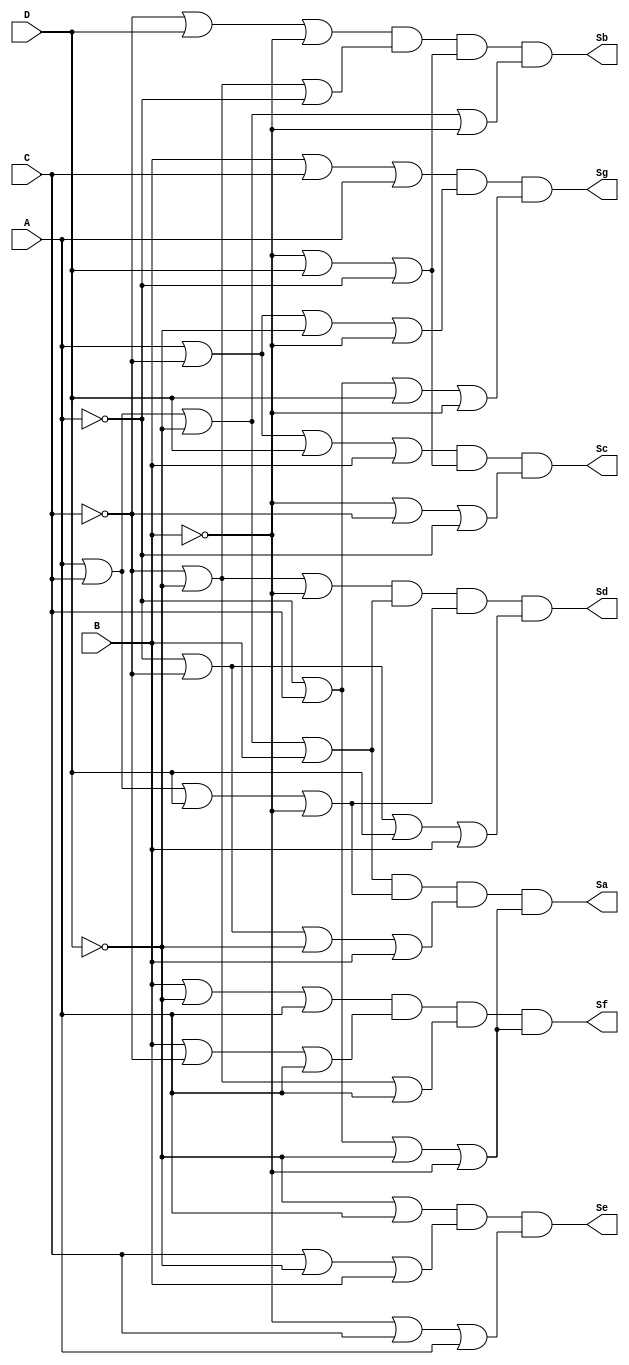
// Copyright (C) 2023  Intel Corporation. All rights reserved.
// Your use of Intel Corporation's design tools, logic functions 
// and other software and tools, and any partner logic 
// functions, and any output files from any of the foregoing 
// (including device programming or simulation files), and any 
// associated documentation or information are expressly subject 
// to the terms and conditions of the Intel Program License 
// Subscription Agreement, the Intel Quartus Prime License Agreement,
// the Intel FPGA IP License Agreement, or other applicable license
// agreement, including, without limitation, that your use is for
// the sole purpose of programming logic devices manufactured by
// Intel and sold by Intel or its authorized distributors.  Please
// refer to the applicable agreement for further details, at
// https://fpgasoftware.intel.com/eula.

// PROGRAM		"Quartus Prime"
// VERSION		"Version 22.1std.2 Build 922 07/20/2023 SC Lite Edition"
// CREATED		"Tue Oct  3 22:07:05 2023"

module lab1(
	A,
	B,
	C,
	D,
	Sb,
	Sc,
	Sd,
	Se,
	Sf,
	Sg,
	Sa
);


input wire	A;
input wire	B;
input wire	C;
input wire	D;
output wire	Sb;
output wire	Sc;
output wire	Sd;
output wire	Se;
output wire	Sf;
output wire	Sg;
output wire	Sa;

wire	SYNTHESIZED_WIRE_70;
wire	SYNTHESIZED_WIRE_71;
wire	SYNTHESIZED_WIRE_72;
wire	SYNTHESIZED_WIRE_73;
wire	SYNTHESIZED_WIRE_10;
wire	SYNTHESIZED_WIRE_11;
wire	SYNTHESIZED_WIRE_12;
wire	SYNTHESIZED_WIRE_13;
wire	SYNTHESIZED_WIRE_41;
wire	SYNTHESIZED_WIRE_42;
wire	SYNTHESIZED_WIRE_43;
wire	SYNTHESIZED_WIRE_44;
wire	SYNTHESIZED_WIRE_45;
wire	SYNTHESIZED_WIRE_46;
wire	SYNTHESIZED_WIRE_47;
wire	SYNTHESIZED_WIRE_48;
wire	SYNTHESIZED_WIRE_49;
wire	SYNTHESIZED_WIRE_50;
wire	SYNTHESIZED_WIRE_51;
wire	SYNTHESIZED_WIRE_52;
wire	SYNTHESIZED_WIRE_53;
wire	SYNTHESIZED_WIRE_54;
wire	SYNTHESIZED_WIRE_55;
wire	SYNTHESIZED_WIRE_56;
wire	SYNTHESIZED_WIRE_57;
wire	SYNTHESIZED_WIRE_66;
wire	SYNTHESIZED_WIRE_67;
wire	SYNTHESIZED_WIRE_68;
wire	SYNTHESIZED_WIRE_69;




assign	SYNTHESIZED_WIRE_73 =  ~A;

assign	SYNTHESIZED_WIRE_71 =  ~B;

assign	SYNTHESIZED_WIRE_13 = A | C | SYNTHESIZED_WIRE_70 | SYNTHESIZED_WIRE_71;

assign	SYNTHESIZED_WIRE_47 = A | SYNTHESIZED_WIRE_72 | D | B;

assign	SYNTHESIZED_WIRE_10 = SYNTHESIZED_WIRE_72 | D | SYNTHESIZED_WIRE_71;

assign	SYNTHESIZED_WIRE_11 = SYNTHESIZED_WIRE_72 | SYNTHESIZED_WIRE_70 | SYNTHESIZED_WIRE_73;

assign	SYNTHESIZED_WIRE_12 = SYNTHESIZED_WIRE_71 | D | SYNTHESIZED_WIRE_73;

assign	Sb = SYNTHESIZED_WIRE_10 & SYNTHESIZED_WIRE_11 & SYNTHESIZED_WIRE_12 & SYNTHESIZED_WIRE_13;

assign	SYNTHESIZED_WIRE_48 = SYNTHESIZED_WIRE_71 | D | SYNTHESIZED_WIRE_73;

assign	SYNTHESIZED_WIRE_49 = SYNTHESIZED_WIRE_71 | SYNTHESIZED_WIRE_72 | SYNTHESIZED_WIRE_73;

assign	SYNTHESIZED_WIRE_72 =  ~C;

assign	SYNTHESIZED_WIRE_50 = SYNTHESIZED_WIRE_72 | SYNTHESIZED_WIRE_70 | SYNTHESIZED_WIRE_71;

assign	SYNTHESIZED_WIRE_51 = A | C | SYNTHESIZED_WIRE_70 | B;

assign	SYNTHESIZED_WIRE_52 = A | C | D | SYNTHESIZED_WIRE_71;

assign	SYNTHESIZED_WIRE_53 = SYNTHESIZED_WIRE_73 | SYNTHESIZED_WIRE_72 | D | B;

assign	SYNTHESIZED_WIRE_45 = C | SYNTHESIZED_WIRE_70 | B;

assign	SYNTHESIZED_WIRE_46 = SYNTHESIZED_WIRE_71 | C | A;

assign	SYNTHESIZED_WIRE_44 = SYNTHESIZED_WIRE_70 | A;

assign	SYNTHESIZED_WIRE_54 = B | SYNTHESIZED_WIRE_70 | A;

assign	SYNTHESIZED_WIRE_55 = B | SYNTHESIZED_WIRE_72 | A;

assign	SYNTHESIZED_WIRE_56 = SYNTHESIZED_WIRE_72 | SYNTHESIZED_WIRE_70 | A;

assign	SYNTHESIZED_WIRE_70 =  ~D;

assign	SYNTHESIZED_WIRE_57 = SYNTHESIZED_WIRE_73 | C | SYNTHESIZED_WIRE_70 | SYNTHESIZED_WIRE_71;

assign	SYNTHESIZED_WIRE_42 = A | SYNTHESIZED_WIRE_72 | SYNTHESIZED_WIRE_70 | SYNTHESIZED_WIRE_71;

assign	SYNTHESIZED_WIRE_43 = SYNTHESIZED_WIRE_73 | C | D | SYNTHESIZED_WIRE_71;

assign	SYNTHESIZED_WIRE_41 = B | C | A;

assign	Sg = SYNTHESIZED_WIRE_41 & SYNTHESIZED_WIRE_42 & SYNTHESIZED_WIRE_43;

assign	Se = SYNTHESIZED_WIRE_44 & SYNTHESIZED_WIRE_45 & SYNTHESIZED_WIRE_46;

assign	Sc = SYNTHESIZED_WIRE_47 & SYNTHESIZED_WIRE_48 & SYNTHESIZED_WIRE_49;

assign	Sd = SYNTHESIZED_WIRE_50 & SYNTHESIZED_WIRE_51 & SYNTHESIZED_WIRE_52 & SYNTHESIZED_WIRE_53;

assign	Sf = SYNTHESIZED_WIRE_54 & SYNTHESIZED_WIRE_55 & SYNTHESIZED_WIRE_56 & SYNTHESIZED_WIRE_57;

assign	SYNTHESIZED_WIRE_66 = A | C | SYNTHESIZED_WIRE_70 | B;

assign	SYNTHESIZED_WIRE_67 = A | C | D | SYNTHESIZED_WIRE_71;

assign	SYNTHESIZED_WIRE_68 = SYNTHESIZED_WIRE_73 | SYNTHESIZED_WIRE_72 | SYNTHESIZED_WIRE_70 | B;

assign	SYNTHESIZED_WIRE_69 = SYNTHESIZED_WIRE_73 | C | SYNTHESIZED_WIRE_70 | SYNTHESIZED_WIRE_71;

assign	Sa = SYNTHESIZED_WIRE_66 & SYNTHESIZED_WIRE_67 & SYNTHESIZED_WIRE_68 & SYNTHESIZED_WIRE_69;


endmodule